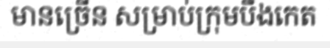
មានច្រើន សម្រាប់ក្រុមបឹងកេត